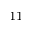
^ { 1 1 }